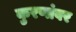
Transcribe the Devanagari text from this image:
कुरणांवर